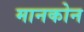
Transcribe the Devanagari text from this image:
मानकोन